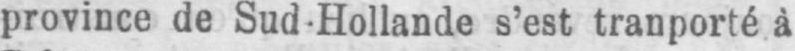
province de Sud-Hollande s’est tranporté à